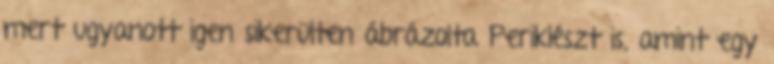
mert ugyanott igen sikerülten ábrázolta Periklészt is, amint egy